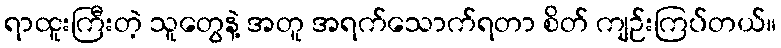
ရာထူးကြီးတဲ့ သူတွေနဲ့ အတူ အရက်သောက်ရတာ စိတ် ကျဉ်းကြပ်တယ်။